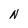
Character: N